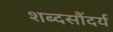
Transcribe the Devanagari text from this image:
शब्दसौंदर्य